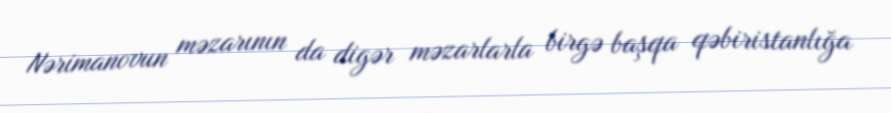
Nərimanovun məzarının da digər məzarlarla birgə başqa qəbiristanlığa